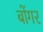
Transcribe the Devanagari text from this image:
बोंगर